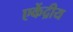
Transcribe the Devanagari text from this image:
एकेंद्रीय